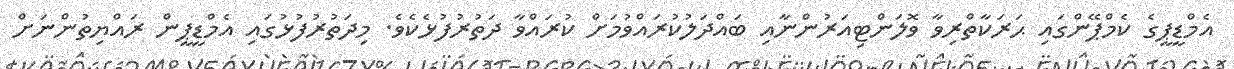
އެމްޑީޕީގެ ކެމްޕޭންގައި ޙަރަކާތްރިވާ ވޮލަންޓިއަރުންނާއި ބައްދަލުކުރައްވުމަށް ކުރައްވާ ދަތުރުފުޅެކެވެ. މިދަތުރުފުޅުގައި އެމްޑީޕީން ރައްޔިތުންނަށް